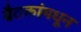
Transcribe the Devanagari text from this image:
बैठकांमधून